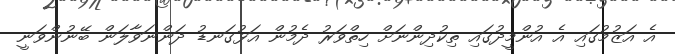
އެ އަޒުމުގައި އެ އުންމީދުގައި ތިކުދިންނަށް ހިތްވަރު ދެމުން އަޅުގަނޑު ދަންނަވާލަން ބޭނުންވަނީ